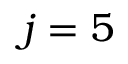
j = 5